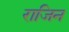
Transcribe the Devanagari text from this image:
राजिन